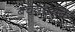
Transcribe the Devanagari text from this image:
बचतइसके